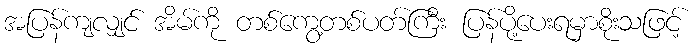
အပြန်ကျလျှင် အိမ်ကို တစ်ကွေ့တစ်ပတ်ကြီး ပြန်ပို့ပေးရမှာစိုးသဖြင့်